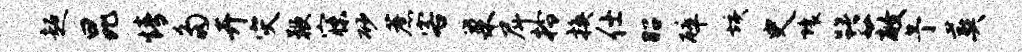
超昆情多卉灾鞭寐砂蔗客巢戽拎换仕昭碎垓史壤躇蔽予葬